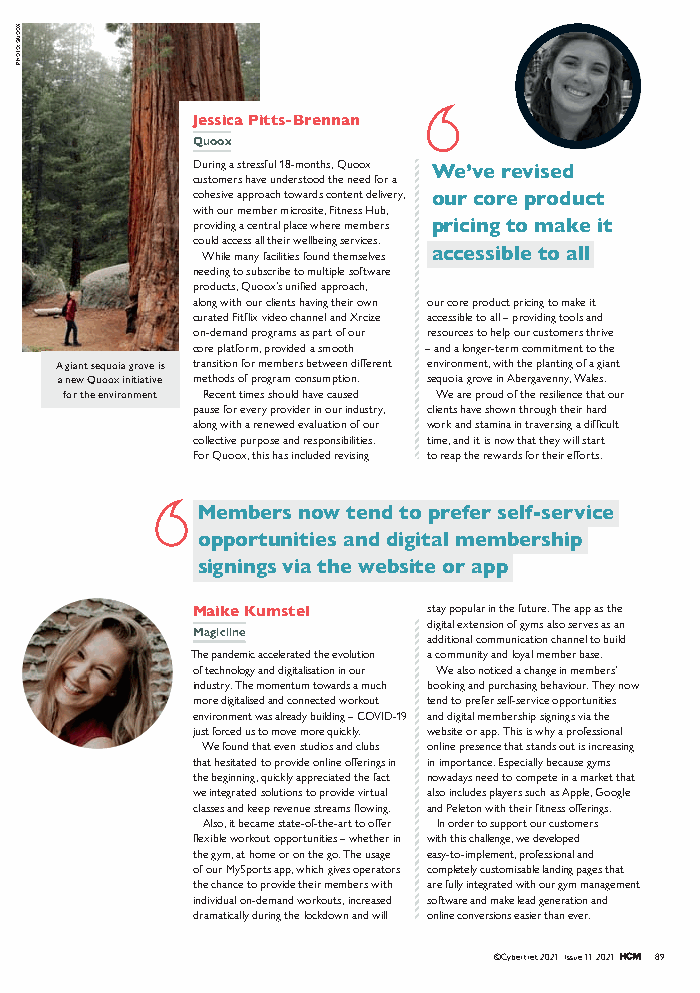
Jessica Pitts-Brennan
 Quoox
 During a stressful 18-months, Quoox We’ve revised
 customers have understood the need for a
 cohesive approach towards content delivery, our core product
 with our member microsite, Fitness Hub,
 providing a central place where members pricing to make it
 could access all their wellbeing services.
 accessible to all
 While many facilities found themselves
 needing to subscribe to multiple software
 products, Quoox’s unified approach,
 along with our clients having their own our core product pricing to make it
 curated Fitflix video channel and Xrcize accessible to all – providing tools and
 on-demand programs as part of our resources to help our customers thrive
 core platform, provided a smooth – and a longer-term commitment to the
 A giant sequoia grove is transition for members between different environment, with the planting of a giant
 a new Quoox initiative methods of program consumption. sequoia grove in Abergavenny, Wales.
 for the environment Recent times should have caused We are proud of the resilience that our
 pause for every provider in our industry, clients have shown through their hard
 along with a renewed evaluation of our work and stamina in traversing a difficult
 collective purpose and responsibilities. time, and it is now that they will start
 For Quoox, this has included revising to reap the rewards for their efforts.
 Members now tend to prefer self-service
 opportunities and digital membership
 signings via the website or app
 Maike Kumstel  stay popular in the future. The app as the
 digital extension of gyms also serves as an
 Magicline
 additional communication channel to build
 The pandemic accelerated the evolution a community and loyal member base.
 of technology and digitalisation in our We also noticed a change in members’
 industry. The momentum towards a much booking and purchasing behaviour. They now
 more digitalised and connected workout tend to prefer self-service opportunities
 environment was already building – COVID-19 and digital membership signings via the
 just forced us to move more quickly. website or app. This is why a professional
 We found that even studios and clubs online presence that stands out is increasing
 that hesitated to provide online offerings in in importance. Especially because gyms
 the beginning, quickly appreciated the fact nowadays need to compete in a market that
 we integrated solutions to provide virtual also includes players such as Apple, Google
 classes and keep revenue streams flowing. and Peleton with their fitness offerings.
 Also, it became state-of-the-art to offer In order to support our customers
 flexible workout opportunities – whether in with this challenge, we developed
 the gym, at home or on the go. The usage easy-to-implement, professional and
 of our MySports app, which gives operators completely customisable landing pages that
 the chance to provide their members with are fully integrated with our gym management
 individual on-demand workouts, increased software and make lead generation and
 dramatically during the lockdown and will online conversions easier than ever.
 ©Cybertrek 2021 Issue 11 2021 89
 XOOUQ
 :OTOHP